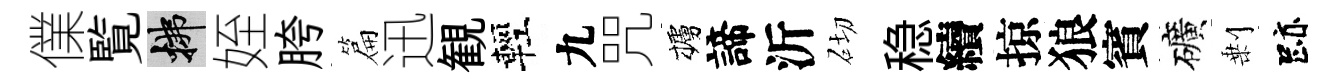
㒒覧拂姪胯篇迅観輕九咒櫨諦沂砌稳續掠狼賓礦剰跡